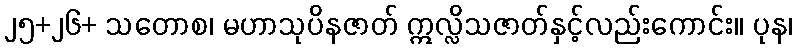
၂၅+၂၆+ သတောစ၊ မဟာသုပိနဇာတ် ဣလ္လိသဇာတ်နှင့်လည်းကောင်း။ ပုန၊